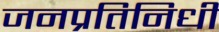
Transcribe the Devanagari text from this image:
जनप्रतिनिधी